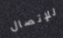
للإتصال